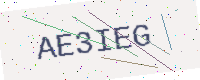
Text: AE3IEG